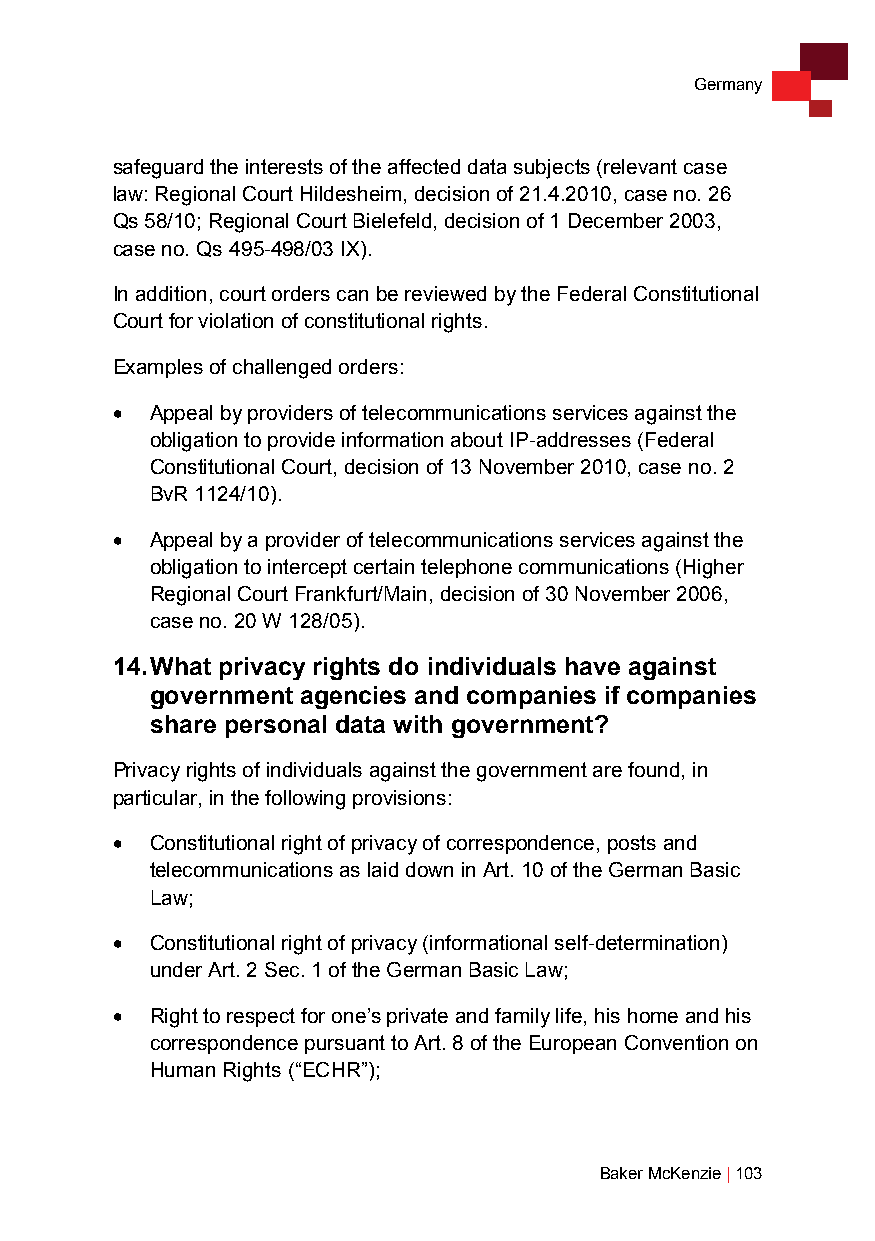
Germany
 safeguard the interests of the affected data subjects (relevant case
 law: Regional Court Hildesheim, decision of 21.4.2010, case no. 26
 Qs 58/10; Regional Court Bielefeld, decision of 1 December 2003,
 case no. Qs 495-498/03 IX).
 In addition, court orders can be reviewed by the Federal Constitutional
 Court for violation of constitutional rights.
 Examples of challenged orders:
 •  Appeal by providers of telecommunications services against the
 obligation to provide information about IP-addresses (Federal
 Constitutional Court, decision of 13 November 2010, case no. 2
 BvR 1124/10).
 •  Appeal by a provider of telecommunications services against the
 obligation to intercept certain telephone communications (Higher
 Regional Court Frankfurt/Main, decision of 30 November 2006,
 case no. 20 W 128/05).
 14. What privacy rights do individuals have against
 government agencies and companies if companies
 share personal data with government?
 Privacy rights of individuals against the government are found, in
 particular, in the following provisions:
 •  Constitutional right of privacy of correspondence, posts and
 telecommunications as laid down in Art. 10 of the German Basic
 Law;
 •  Constitutional right of privacy (informational self-determination)
 under Art. 2 Sec. 1 of the German Basic Law;
 •  Right to respect for one’s private and family life, his home and his
 correspondence pursuant to Art. 8 of the European Convention on
 Human Rights (“ECHR”);
 Baker McKenzie | 103